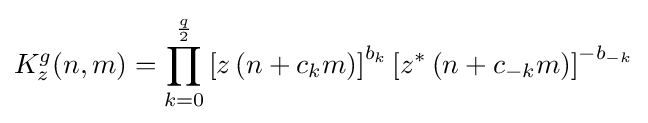
K_{z}^{g}(n,m)=\prod _{k=0}^{\frac {q}{2}}\left[z\left(n+c_{k}m\right)\right]^{b_{k}}\left[z^{*}\left(n+c_{-k}m\right)\right]^{-b_{-k}}